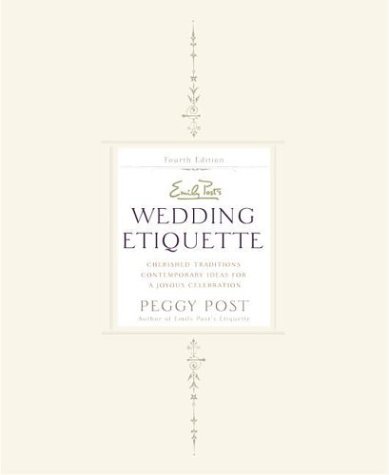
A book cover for Emily Post's Wedding Etiquette: Cherished Traditions and Contemporary Ideas for a Joyous Celebration (4th Edition); Peggy Post; Crafts, Hobbies & Home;